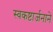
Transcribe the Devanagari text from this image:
स्वकष्टार्जनाने